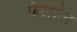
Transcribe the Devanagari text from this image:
फेलटेन